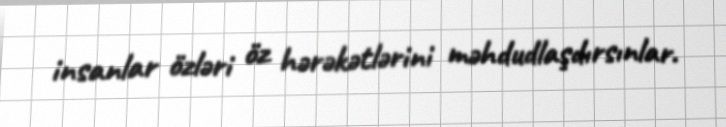
insanlar özləri öz hərəkətlərini məhdudlaşdırsınlar.